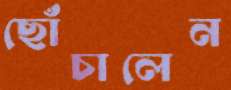
ছোঁচালেন